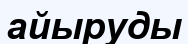
айыруды